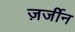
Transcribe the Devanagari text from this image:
ज़र्जीन